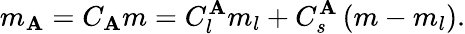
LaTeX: m_{\mathbf{A}}=C_{\mathbf{A}}m=C_{l}^{\mathbf{A}}m_{l}+C_{s}^{\mathbf{A}}\left(m-m_{l}\right).